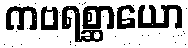
ကဗရစ္ဆာယော